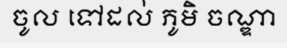
ចូល ទៅដល់ ភូមិ ចណ្ឌា